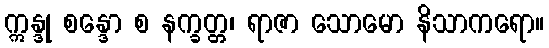
ဣန္ဒု စန္ဒော စ နက္ခတ္တ၊ ရာဇာ သောမော နိသာကရော။